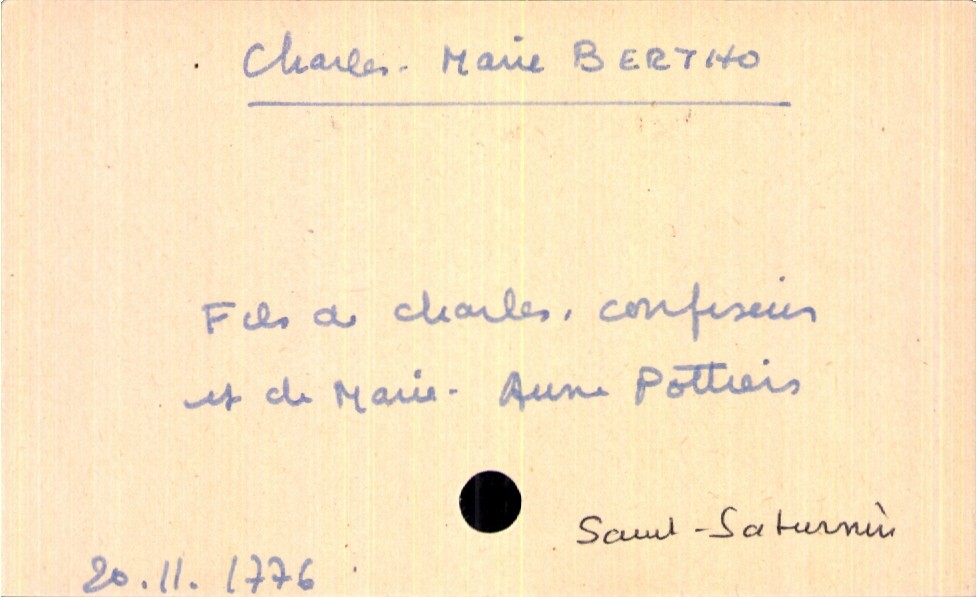
type_acte: Baptême
filiation: fils
enfant_prénom: Charles-Marie
enfant_date_de_naissance: 20 novembre 1776
enfant_lieu_de_naissance: Saint-Saturnin
père_enfant_nom: Bertho
père_enfant_prénom: Charles
père_enfant_profession: confiseur
mère_enfant_nom: Pottiers
mère_enfant_prénom: Anne